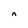
Character: n